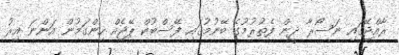
ރާއްޖޭގައި ނަސޯރާ ދީން ފެތުރުމުގެ ބޭނުމުގައި ފޭސްބުކް ޕޭޖެއް ހިންގަމުން އަންނަ އިރު